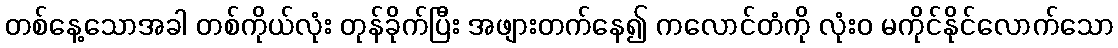
တစ်နေ့သောအခါ တစ်ကိုယ်လုံး တုန်ခိုက်ပြီး အဖျားတက်နေ၍ ကလောင်တံကို လုံးဝ မကိုင်နိုင်လောက်သော